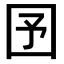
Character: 𡆹